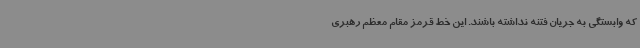
که وابستگی به جریان فتنه نداشته باشند. این خط قرمز مقام معظم رهبری